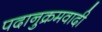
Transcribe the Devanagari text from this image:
पदानुक्रमवादी